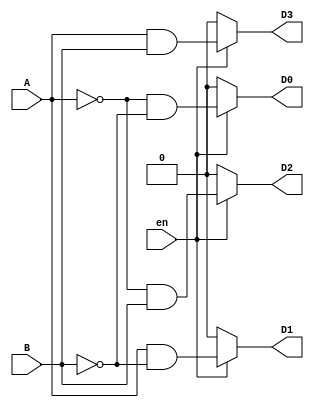
`timescale 1ns / 1ps
//////////////////////////////////////////////////////////////////////////////////
// Company: 
// Engineer: 
// 
// Design Name: 
// Module Name: alt_2to4_decoder
// Project Name: 
// Target Devices: 
// Tool Versions: 
// Description: 
// 
// Dependencies: 
// 
// Revision:
// Revision 0.01 - File Created
// Additional Comments:
// 
//////////////////////////////////////////////////////////////////////////////////


module alt_2to4_decoder(
input A, B, en,
output reg D0, D1, D2, D3
);

always@(*)
begin
 if (en)
   begin
    D3 = A & B;
    D2 = (~A) & B;
    D1 = A & (~B);
    D0 = (~A) & (~B);
   end
 else
   begin
    D3 = 0;
    D2 = 0;
    D1 = 0;
    D0 = 0;
   end
end
endmodule